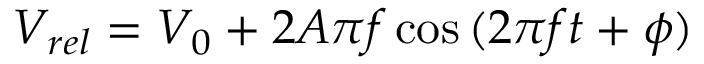
V _ { r e l } = V _ { 0 } + 2 A \pi f \cos { ( 2 \pi f t + \phi ) }